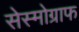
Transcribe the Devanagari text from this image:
सेस्मोग्राफ